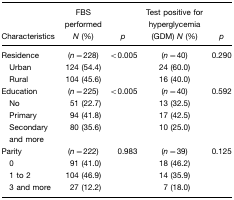
<table><thead><tr><td><b>Characteristics</b></td><td><b>FBS performed <i>N</i> (%)</b></td><td><b><i>p</i></b></td><td><b>Test positive for hyperglycemia (GDM) <i>N</i> (%)</b></td><td><b><i>p</i></b></td></tr></thead><tbody><tr><td>Residence</td><td>(<i>n</i>=228)</td><td>&lt;0.005</td><td>(<i>n</i>=40)</td><td>0.290</td></tr><tr><td> Urban</td><td>124 (54.4)</td><td></td><td>24 (60.0)</td><td></td></tr><tr><td> Rural</td><td>104 (45.6)</td><td></td><td>16 (40.0)</td><td></td></tr><tr><td>Education</td><td>(<i>n</i>=225)</td><td>&lt;0.005</td><td>(<i>n</i>=40)</td><td>0.592</td></tr><tr><td> No</td><td>51 (22.7)</td><td></td><td>13 (32.5)</td><td></td></tr><tr><td> Primary</td><td>94 (41.8)</td><td></td><td>17 (42.5)</td><td></td></tr><tr><td> Secondary and more</td><td>80 (35.6)</td><td></td><td>10 (25.0)</td><td></td></tr><tr><td>Parity</td><td>(<i>n</i>=222)</td><td>0.983</td><td>(<i>n</i>=39)</td><td>0.125</td></tr><tr><td> 0</td><td>91 (41.0)</td><td></td><td>18 (46.2)</td><td></td></tr><tr><td> 1 to 2</td><td>104 (46.9)</td><td></td><td>14 (35.9)</td><td></td></tr><tr><td> 3 and more</td><td>27 (12.2)</td><td></td><td>7 (18.0)</td><td></td></tr></tbody></table>